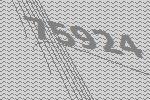
75924